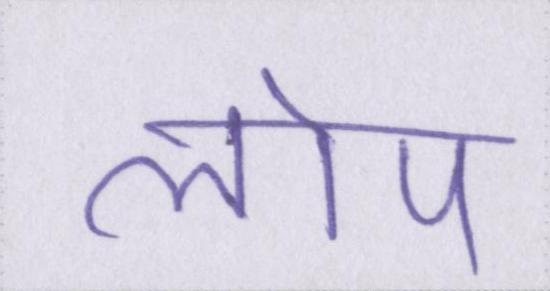
लोप